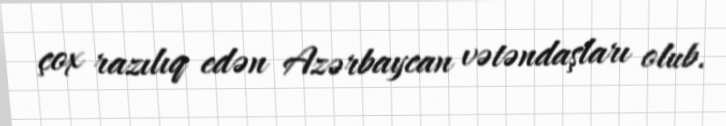
çox razılıq edən Azərbaycan vətəndaşları olub.